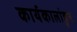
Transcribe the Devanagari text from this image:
कार्यकालांहून